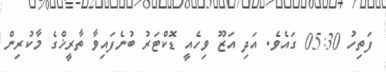
ފަތިހު 05:30 ގައެވެ. އަދި އަޒޫ ވިހެއީ ޑޮކްޓަރު ބުނެފައިވާ ތާރީޚްގެ މާކުރިން